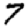
Digit: 7